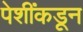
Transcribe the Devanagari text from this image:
पेशींकडून